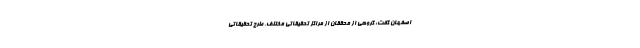
اصفهان گفت: گروهی از محققان از مراکز تحقیقاتی مختلف، طرح تحقیقاتی